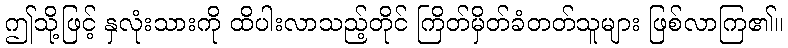
ဤသို့ဖြင့် နှလုံးသားကို ထိပါးလာသည့်တိုင် ကြိတ်မှိတ်ခံတတ်သူများ ဖြစ်လာကြ၏။